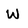
Character: W